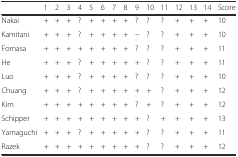
<table><thead><tr><td></td><td><b>1</b></td><td><b>2</b></td><td><b>3</b></td><td><b>4</b></td><td><b>5</b></td><td><b>6</b></td><td><b>7</b></td><td><b>8</b></td><td><b>9</b></td><td><b>10</b></td><td><b>11</b></td><td><b>12</b></td><td><b>13</b></td><td><b>14</b></td><td><b>Score</b></td></tr></thead><tbody><tr><td>Nakai</td><td>+</td><td>+</td><td>+</td><td>?</td><td>+</td><td>+</td><td>+</td><td>+</td><td>?</td><td>?</td><td>?</td><td>+</td><td>+</td><td>+</td><td>10</td></tr><tr><td>Kamitani</td><td>+</td><td>+</td><td>+</td><td>?</td><td>+</td><td>+</td><td>+</td><td>+</td><td>−</td><td>?</td><td>?</td><td>+</td><td>+</td><td>+</td><td>10</td></tr><tr><td>Fornasa</td><td>+</td><td>+</td><td>+</td><td>+</td><td>+</td><td>+</td><td>+</td><td>+</td><td>?</td><td>?</td><td>?</td><td>+</td><td>+</td><td>+</td><td>11</td></tr><tr><td>He</td><td>+</td><td>+</td><td>+</td><td>?</td><td>+</td><td>+</td><td>+</td><td>+</td><td>+</td><td>?</td><td>?</td><td>+</td><td>+</td><td>+</td><td>11</td></tr><tr><td>Luo</td><td>+</td><td>+</td><td>+</td><td>?</td><td>+</td><td>+</td><td>+</td><td>+</td><td>?</td><td>?</td><td>?</td><td>+</td><td>+</td><td>+</td><td>10</td></tr><tr><td>Chuang</td><td>+</td><td>+</td><td>+</td><td>?</td><td>+</td><td>+</td><td>+</td><td>+</td><td>+</td><td>+</td><td>?</td><td>+</td><td>+</td><td>+</td><td>12</td></tr><tr><td>Kim</td><td>+</td><td>+</td><td>+</td><td>+</td><td>+</td><td>+</td><td>+</td><td>+</td><td>?</td><td>+</td><td>?</td><td>+</td><td>+</td><td>+</td><td>12</td></tr><tr><td>Schipper</td><td>+</td><td>+</td><td>+</td><td>+</td><td>+</td><td>+</td><td>+</td><td>+</td><td>+</td><td>?</td><td>+</td><td>+</td><td>+</td><td>+</td><td>13</td></tr><tr><td>Yamaguchi</td><td>+</td><td>+</td><td>+</td><td>?</td><td>+</td><td>+</td><td>+</td><td>+</td><td>+</td><td>?</td><td>?</td><td>+</td><td>+</td><td>+</td><td>11</td></tr><tr><td>Razek</td><td>+</td><td>+</td><td>+</td><td>+</td><td>+</td><td>+</td><td>+</td><td>+</td><td>+</td><td>?</td><td>?</td><td>+</td><td>+</td><td>+</td><td>12</td></tr></tbody></table>